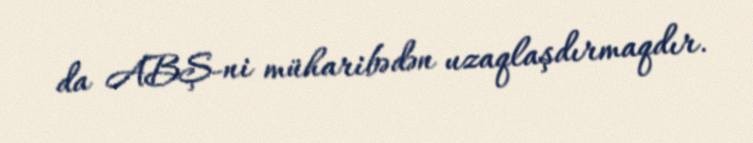
da ABŞ-ni müharibədən uzaqlaşdırmaqdır.